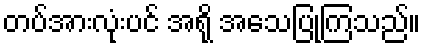
တပ်အားလုံးပင် အရို အသေပြုကြသည်။